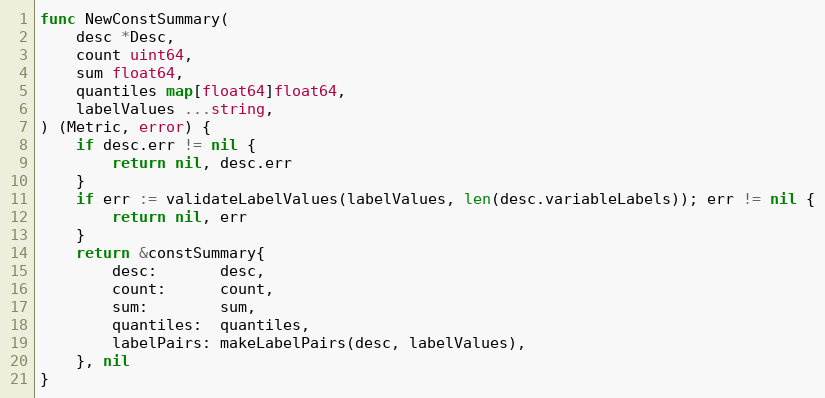
Language: Go
func NewConstSummary(
	desc *Desc,
	count uint64,
	sum float64,
	quantiles map[float64]float64,
	labelValues ...string,
) (Metric, error) {
	if desc.err != nil {
		return nil, desc.err
	}
	if err := validateLabelValues(labelValues, len(desc.variableLabels)); err != nil {
		return nil, err
	}
	return &constSummary{
		desc:       desc,
		count:      count,
		sum:        sum,
		quantiles:  quantiles,
		labelPairs: makeLabelPairs(desc, labelValues),
	}, nil
}